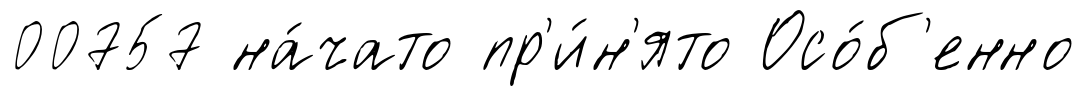
00757 на́чато пр'и́н'ято Осо́б'енно